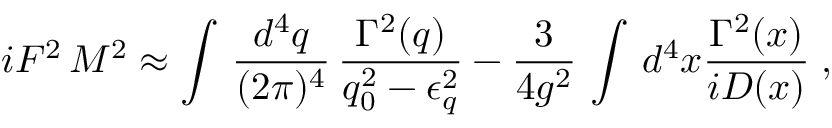
i F ^ { 2 } \, M ^ { 2 } \approx \int \, \frac { d ^ { 4 } q } { ( 2 \pi ) ^ { 4 } } \, \frac { \Gamma ^ { 2 } ( q ) } { q _ { 0 } ^ { 2 } - \epsilon _ { q } ^ { 2 } } - \frac { 3 } { 4 g ^ { 2 } } \, \int \, d ^ { 4 } x \frac { \Gamma ^ { 2 } ( x ) } { i { \cal D } ( x ) } \; ,